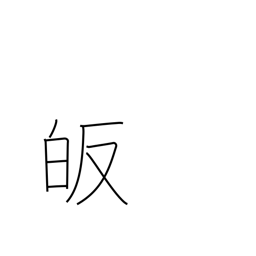
Meaning: lead to